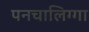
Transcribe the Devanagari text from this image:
पनचालिग्गा